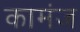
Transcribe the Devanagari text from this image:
कामंज